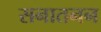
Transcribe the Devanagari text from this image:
सनातनन